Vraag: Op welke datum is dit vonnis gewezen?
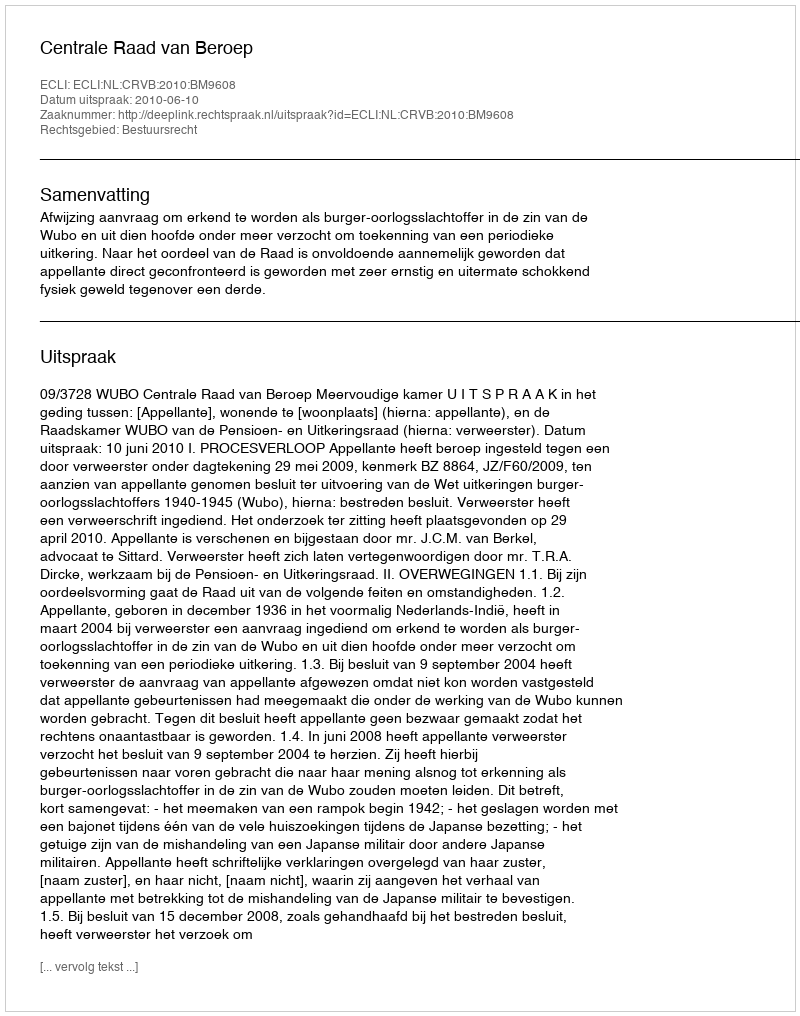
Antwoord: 2010-06-10